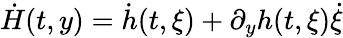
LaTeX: \dot{H}(t,y)=\dot{h}(t,\xi)+\partial_{y}h(t,\xi)\dot{\xi}